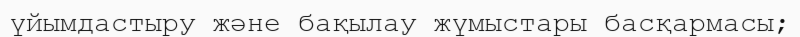
үйымдастыру және бақылау жүмыстары басқармасы;